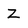
Character: Z